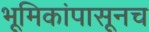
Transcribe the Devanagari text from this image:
भूमिकांपासूनच